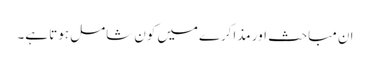
ان مباحث اور مذاکرےمیں کون شامل ہوتا ہے۔